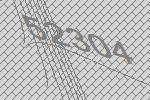
52304